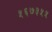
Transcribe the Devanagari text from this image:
५६७३५५